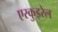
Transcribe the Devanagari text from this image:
एस्कुइरेल